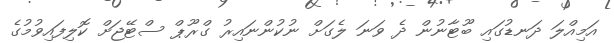
އަމިއްލަ ދަނޑުގައި ބޫޓާނުން ދެ ވަނަ ލެގަށް ނުކުންނައިރު ގްރޫޕް ސްޓޭޖަށް ކޮލިފައިވުމުގެ